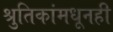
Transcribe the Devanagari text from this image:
श्रुतिकांमधूनही